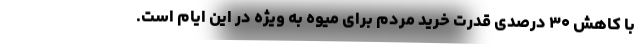
با کاهش ۳۰ درصدی قدرت خرید مردم برای میوه به ویژه در این ایام است.